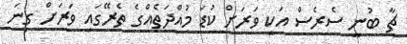
ޗާ ބުނީ ސެރެސް އަކީ ވަރަށް ކުޑަ މުއްދަތެއްގެ ތެރޭގައި ވަރަށް ގިނަ